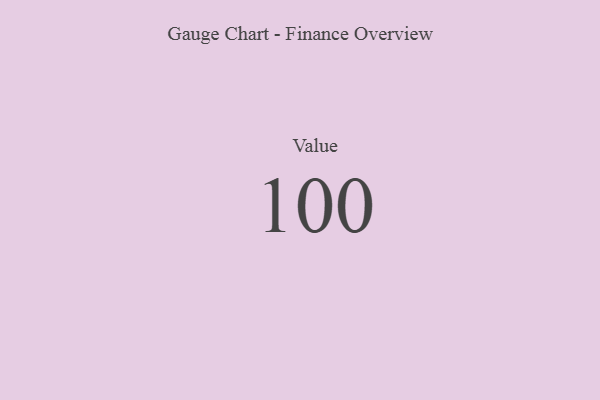
{"axis": {"x": "Metric", "y": "Value"}, "legend": [""], "data": [{"x": "Value", "y": 100, "type": ""}]}